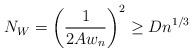
LaTeX: \begin{align*}N_W = \left(\frac{1}{2Aw_n}\right)^2 \geq D n^{1/3}\end{align*}